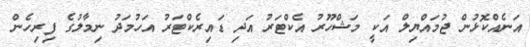
އަނެއްކޮޅުން ޖުމައްޔިލް އަކީ މަޝްހޫރު އެކްޓަރު އަދި ޑައިރެކްޓަރު އަހުމަދު ނިމާލުގެ ފިރިހެން